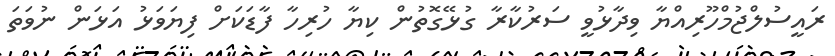
ރައީސުލްޖުމްހޫރިއްޔާ ވިދާޅުވީ ސަރުކާރާ ގުޅޭގޮތުން ކިޔާ ހުރިހާ ފާޑަކަށް ފިޔަވަޅު އަޅަން ނުވަތަ